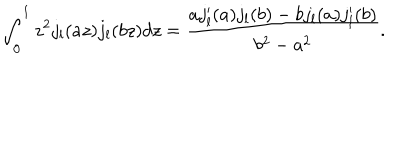
LaTeX: \int _ { 0 } ^ { 1 } z ^ { 2 } j _ { l } ( a z ) j _ { l } ( b z ) d z = \frac { a j _ { l } ^ { \prime } ( a ) j _ { l } ( b ) - b j _ { l } ( a ) j _ { l } ^ { \prime } ( b ) } { b ^ { 2 } - a ^ { 2 } } .